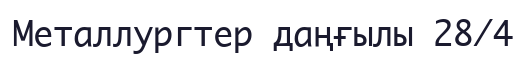
Металлургтер даңғылы 28/4